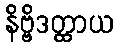
နိဗ္ဗိဒတ္ထာယ